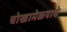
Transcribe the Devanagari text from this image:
चोखामेळयाचे